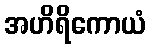
အဟိရိကောယံ